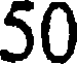
50